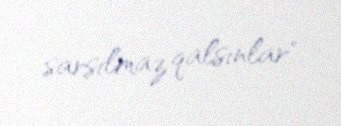
sarsılmaz qalsınlar".